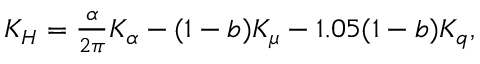
\begin{array} { r } { K _ { H } = \frac { \alpha } { 2 \pi } K _ { \alpha } - ( 1 - b ) K _ { \mu } - 1 . 0 5 ( 1 - b ) K _ { q } , } \end{array}